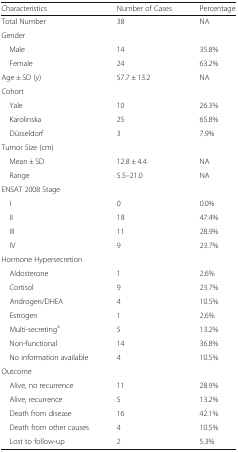
<table><thead><tr><td><b>Characteristics</b></td><td><b>Number of Cases</b></td><td><b>Percentage</b></td></tr></thead><tbody><tr><td>Total Number</td><td>38</td><td>NA</td></tr><tr><td colspan="3">Gender</td></tr><tr><td> Male</td><td>14</td><td>35.8%</td></tr><tr><td> Female</td><td>24</td><td>63.2%</td></tr><tr><td>Age ± SD (y)</td><td>57.7 ± 13.2</td><td>NA</td></tr><tr><td colspan="3">Cohort</td></tr><tr><td> Yale</td><td>10</td><td>26.3%</td></tr><tr><td> Karolinska</td><td>25</td><td>65.8%</td></tr><tr><td> Düsseldorf</td><td>3</td><td>7.9%</td></tr><tr><td colspan="3">Tumor Size (cm)</td></tr><tr><td> Mean ± SD</td><td>12.8 ± 4.4</td><td>NA</td></tr><tr><td> Range</td><td>5.5–21.0</td><td>NA</td></tr><tr><td colspan="3">ENSAT 2008 Stage</td></tr><tr><td> I</td><td>0</td><td>0.0%</td></tr><tr><td> II</td><td>18</td><td>47.4%</td></tr><tr><td> III</td><td>11</td><td>28.9%</td></tr><tr><td> IV</td><td>9</td><td>23.7%</td></tr><tr><td colspan="3">Hormone Hypersecretion</td></tr><tr><td> Aldosterone</td><td>1</td><td>2.6%</td></tr><tr><td> Cortisol</td><td>9</td><td>23.7%</td></tr><tr><td> Androgen/DHEA</td><td>4</td><td>10.5%</td></tr><tr><td> Estrogen</td><td>1</td><td>2.6%</td></tr><tr><td> Multi-secreting<sup>a</sup></td><td>5</td><td>13.2%</td></tr><tr><td> Non-functional</td><td>14</td><td>36.8%</td></tr><tr><td> No information available</td><td>4</td><td>10.5%</td></tr><tr><td colspan="3">Outcome</td></tr><tr><td> Alive, no recurrence</td><td>11</td><td>28.9%</td></tr><tr><td> Alive, recurrence</td><td>5</td><td>13.2%</td></tr><tr><td> Death from disease</td><td>16</td><td>42.1%</td></tr><tr><td> Death from other causes</td><td>4</td><td>10.5%</td></tr><tr><td> Lost to follow-up</td><td>2</td><td>5.3%</td></tr></tbody></table>